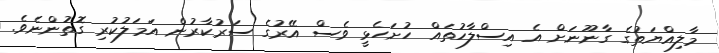
މާލިއްޔަތުގެ ގާނޫނަށް އެ އިސްލާހުތައް ހުށަހެޅީ ވެސް އޭރުގެ ސަރުކާރުން އަމަލުކުރި ގޮތުންނެވެ.